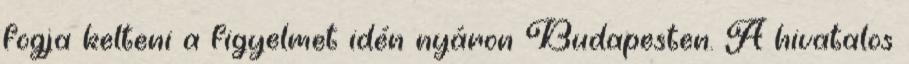
fogja kelteni a figyelmet idén nyáron Budapesten. A hivatalos